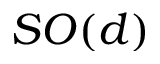
S O ( d )